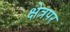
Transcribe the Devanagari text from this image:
क्षेत्रपर